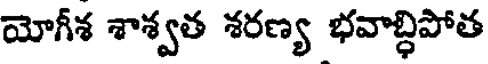
యోగీశ శాశ్వత శరణ్య భవాబ్ధిపోత